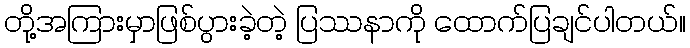
တို့အကြားမှာဖြစ်ပွားခဲ့တဲ့ ပြဿနာကို ထောက်ပြချင်ပါတယ်။